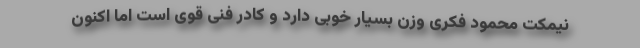
نیمکت محمود فکری وزن بسیار خوبی دارد و کادر فنی قوی است اما اکنون